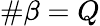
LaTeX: \# \beta=Q